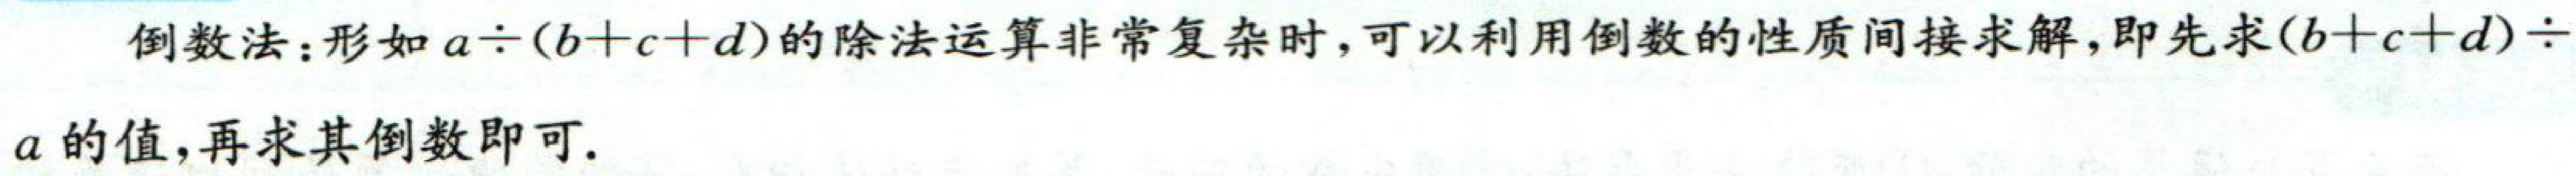
倒数法：形如 \(a\div(b + c + d)\) 的除法运算非常复杂时，可以利用倒数的性质间接求解，即先求\((b + c + d)\div a\)的值，再求其倒数即可。